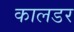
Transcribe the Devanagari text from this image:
कालडर